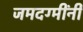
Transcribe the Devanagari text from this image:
जमदग्मींनी